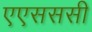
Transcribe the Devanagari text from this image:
एएसससी